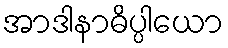
အာဒါနာဓိပ္ပါယော